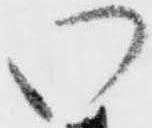
い